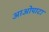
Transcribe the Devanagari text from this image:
आओपाटा